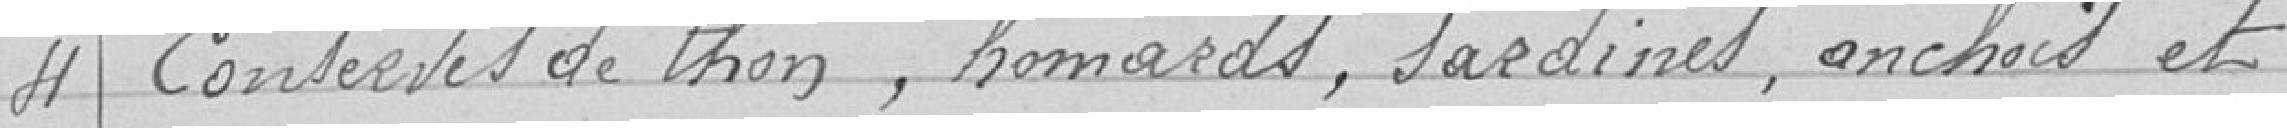
4 Conserves de thon, homards, sardines, anchois et